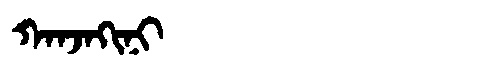
Manchu: ᡴᠠᠨᠵᠠᡴᡳᠨᡳ
Romanization: KANJAKINI